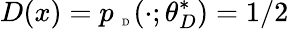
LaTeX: D(x)=p_{\mathrm{~\tiny~D~}}(\cdot;\theta_{D}^{*})=1/2